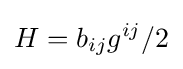
H=b_{ij}g^{ij}/2